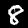
Label: 8